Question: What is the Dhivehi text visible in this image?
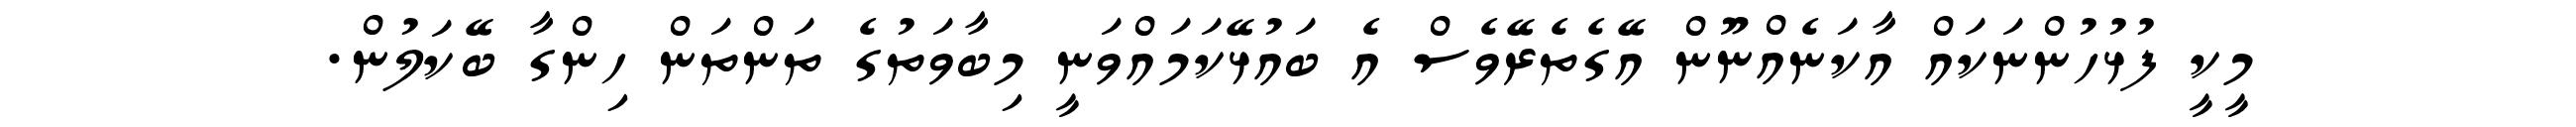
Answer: މީކީ ފުޅުހުންނަކައް އާކަނެއްނޫން އޭގެތެރޭވެސް އެ ބައުޅޭކަމައްވަނީ މިބާވަތުގެ ތަންތަން ހިންގާ ބޭކަލުން.